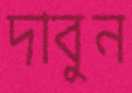
দাবুন